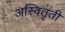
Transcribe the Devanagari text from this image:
अस्वितृती